Annual statistical returns and brief notes on vaccination in Bengal - 1909-1929
Year: 1909
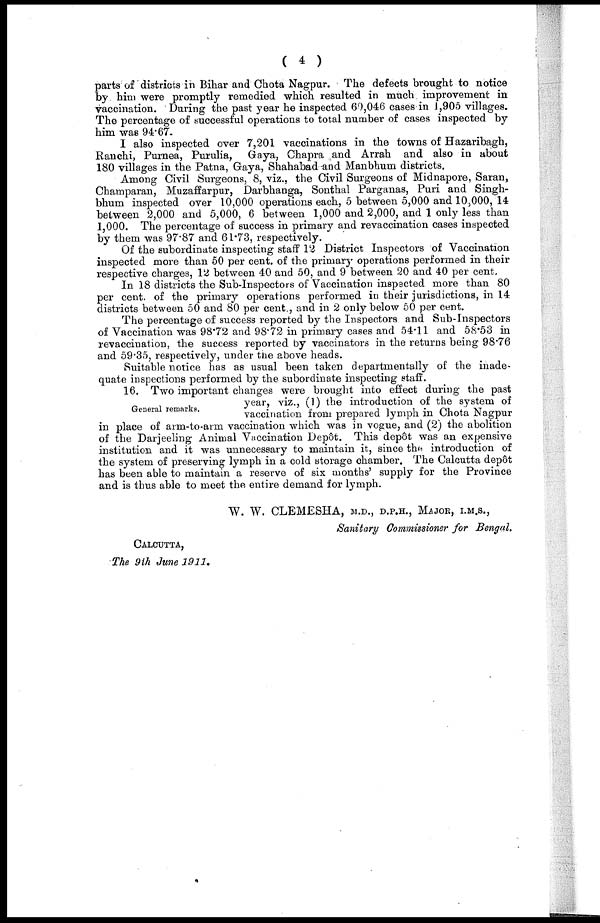
( 4 )
parts of districts in Bihar and Chota Nagpur. The defects brought to notice
by him were promptly remedied which resulted in much improvement in
vaccination. During the past year he inspected 60,046 cases in 1,905 villages.
The percentage of successful operations to total number of cases inspected by
him was 94.67.
I also inspected over 7,201 vaccinations in the towns of Hazaribagh,
Ranchi, Purnea, Purulia, Gaya, Chapra and Arrah and also in about
180 villages in the Patna, Gaya, Shahabad and Manbhum districts.
Among Civil Surgeons, 8, viz., the Civil Surgeons of Midnapore, Saran,
Champaran, Muzaffarpur, Darbhanga, Sonthal Parganas, Puri and Singh¬
bhum inspected over 10,000 operations each, 5 between 5,000 and 10,000, 14
between 2,000 and 5,000, 6 between 1,000 and 2,000, and 1 only less than
1,000. The percentage of success in primary and revaccination cases inspected
by them was 97.87 and 61.73, respectively.
Of the subordinate inspecting staff 12 District Inspectors of Vaccination
inspected more than 50 per cent. of the primary operations performed in their
respective charges, 12 between 40 and 50, and 9 between 20 and 40 per cent.
In 18 districts the Sub-Inspectors of Vaccination inspected more than 80
per cent. of the primary operations performed in their jurisdictions, in 14
districts between 50 and 80 per cent., and in 2 only below 50 per cent.
The percentage of success reported by the Inspectors and Sub-Inspectors
of Vaccination was 98.72 and 98.72 in primary cases and 54.11 and 58.53 in
revaccination, the success reported by vaccinators in the returns being 98.76
and 59.35, respectively, under the above heads.
Suitable notice has as usual been taken departmentally of the inade-
quate inspections performed by the subordinate inspecting staff.
General remarks.
16. Two important changes were brought into effect during the past
year, viz., (1) the introduction of the system of
vaccination from prepared lymph in Chota Nagpur
in place of arm-to-arm vaccination which was in vogue, and (2) the abolition
of the Darjeeling Animal Vaccination Depôt. This depôt was an expensive
institution and it was unnecessary to maintain it, since the introduction of
the system of preserving lymph in a cold storage chamber. The Calcutta depôt
has been able to maintain a reserve of six months' supply for the Province
and is thus able to meet the entire demand for lymph.
W. W. CLEMESHA, M.D., D.P.H., MAJOR, I.M.S.,
Sanitary Commissioner for Bengal.
CALCUTTA,
The 9th June 1911.